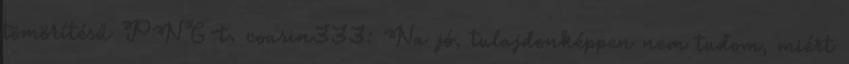
tömörítésű PNG-t. cousin333: Na jó, tulajdonképpen nem tudom, miért